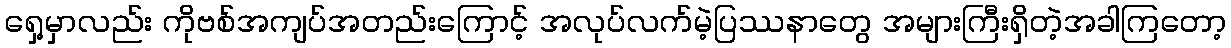
ရှေ့မှာလည်း ကိုဗစ်အကျပ်အတည်းကြောင့် အလုပ်လက်မဲ့ပြဿနာတွေ အများကြီးရှိတဲ့အခါကြတော့